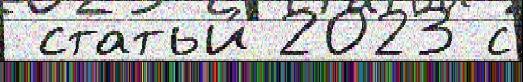
 статьи́ 2023 с